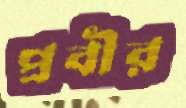
প্রবীর